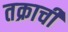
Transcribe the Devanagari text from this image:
तक्राची